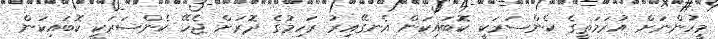
މީހުންނަށް އުރަމަތީގެ ކެންސަރަކީ ކޮބައިކަން އެނގޭއިރު ރަހިމުގެ ދޮރަށް ޖެހޭ ކެންސަރަކީ ކޮބައިކަން